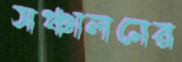
সঞ্চালনের